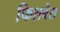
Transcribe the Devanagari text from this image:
फिशबेस